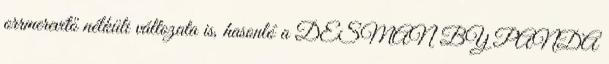
orrmerevítő nélküli változata is, hasonló a DESMAN BY PANDA